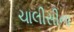
ચાલીસીના